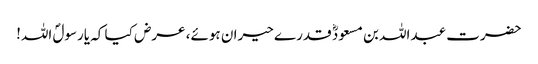
حضرت عبداللہ بن مسعودؓ قدرے حیران ہوئے، عرض کیا کہ یارسولؐ اللہ!